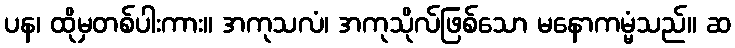
ပန၊ ထိုမှတစ်ပါးကား။ အကုသလံ၊ အကုသိုလ်ဖြစ်သော မနောကမ္မံသည်။ ဆ